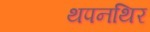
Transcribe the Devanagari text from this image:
थपनथिर